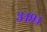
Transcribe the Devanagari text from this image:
३४९४